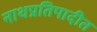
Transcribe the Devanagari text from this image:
नाथप्रतिपादीत